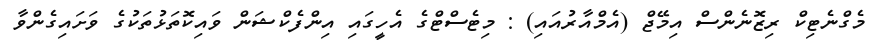
މެގްނެޓިކް ރިޒޮނެންސް އިމޭޖް (އެމްއާރުއައި) : މިޓެސްޓްގެ އެހީގައި އިންފެކްޝަން ވައިކޮތަޅުތަކުގެ ވަށައިގެންވާ